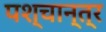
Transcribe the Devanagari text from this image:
पश्चान्त्र